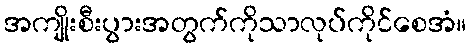
အကျိုးစီးပွားအတွက်ကိုသာလုပ်ကိုင်စေအံ။